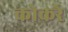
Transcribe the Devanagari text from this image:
कोकरे